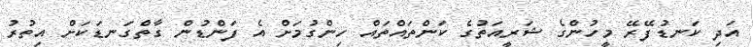
އަދި ކަނޑުފޭރޭ މީހުންގެ ޝަރީއަތުގެ ކަންތައްތައް ހިންގުމަށް އެ ފަންޑުން ގާތްގަނޑަކަށް އިތުރު